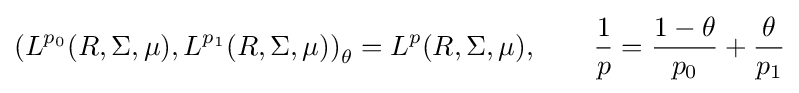
\left(L^{p_{0}}(R,\Sigma ,\mu ),L^{p_{1}}(R,\Sigma ,\mu )\right)_{\theta }=L^{p}(R,\Sigma ,\mu ),\qquad {\frac {1}{p}}={\frac {1-\theta }{p_{0}}}+{\frac {\theta }{p_{1}}}